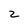
Character: 2